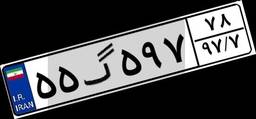
۷۴گ۰۷۹۸۴